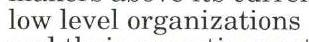
 low level organizations